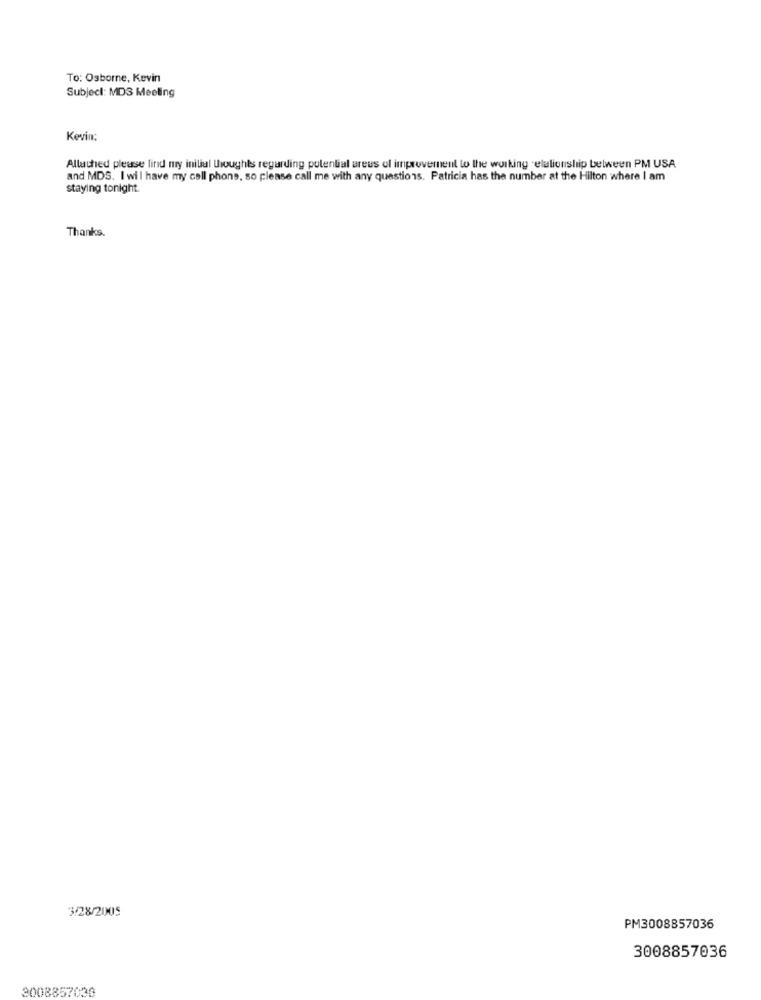
To: Osborne, Kevin
Subject: MDS Meeling
Kevin:
Allached please find my initial thoughts regarding potential areas of improvement to the working relationship between PM USA
and MDS. I wil have my cell phons, so please call me with any questions. Patricia has the number at the Hilton where I am
staying tonight.
Thanks.
3/28/2005
PM3008857036
3008857036
3008857036